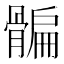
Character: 𩩯